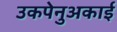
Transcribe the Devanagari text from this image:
उकपेनुअकाई